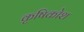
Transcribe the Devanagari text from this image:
कृषिकोश